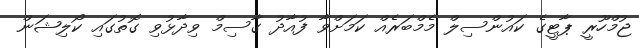
ޖުމްހޫރީ ޕާޓީގެ ކައުންސިލް މެމްބަރެއް ކަމަށްވާ ފުއާދު ގާސިމް ވިދާޅުވި ގޮތުގައި ކޯލިޝަން